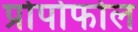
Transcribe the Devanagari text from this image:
प्रोपोफोल